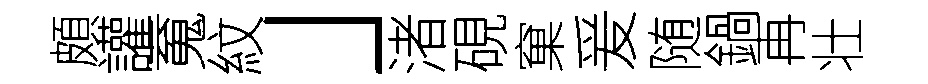
頗讙䰟紋」渚硯窠爰随鍋再壮